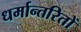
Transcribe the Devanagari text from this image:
धर्मान्तरितों